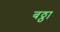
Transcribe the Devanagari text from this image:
बठ्ठा